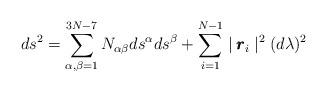
LaTeX: \begin{align*}ds^{2}=\sum_{\alpha,\beta=1}^{3N-7}N_{\alpha\beta}ds^{\alpha}ds^{\beta}+\sum_{i=1}^{N-1}\mid \pmb{r}_{i}\mid^{2} (d\lambda)^{2}\end{align*}